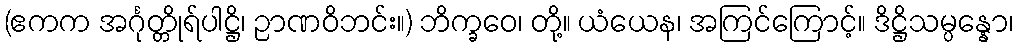
(ဧကက အင်္ဂုတ္တိုရ်ပါဋ္ဌိ၊ ဉာဏဝိဘင်း။) ဘိက္ခဝေ၊ တို့။ ယံယေန၊ အကြင်ကြောင့်။ ဒိဋ္ဌိသမ္ပန္နော၊